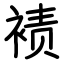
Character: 𫌀